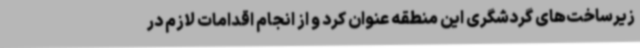
زیرساخت‌های گردشگری این منطقه عنوان کرد و از انجام اقدامات لازم در